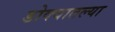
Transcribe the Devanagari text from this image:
डोक्यातल्या